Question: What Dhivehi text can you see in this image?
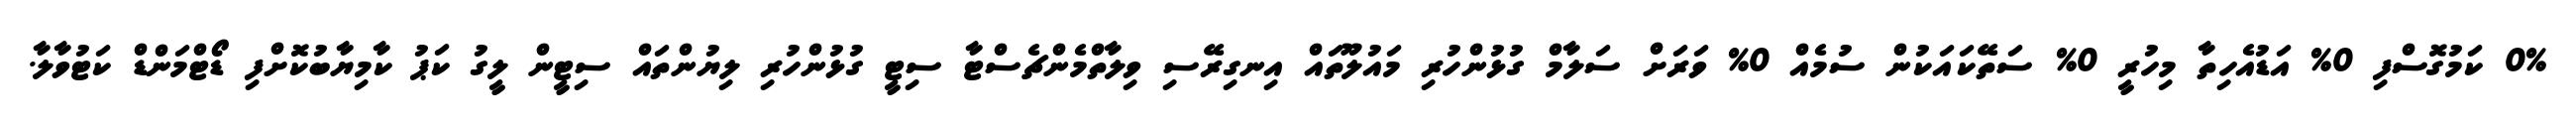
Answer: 0% ކަމުގޮސްފި 0% އަޑުއެހިތާ މިހުރީ 0% ސަތޭކައަކުން ސުމެއް 0% ވަރަށް ސަލާމް ގުޅުންހުރި މައުލޫތައް އިނގިރޭސި ވިލާތްމެންޗެސްޓާ ސިޓީ ގުޅުންހުރި ލިޔުންތައް ސިޓީން ލީގު ކަޕު ކާމިޔާބުކޮށްފި ޑޯޓްމަންޑް ކަޓުވާލާ.